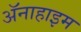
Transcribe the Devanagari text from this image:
अॅनाहाइम